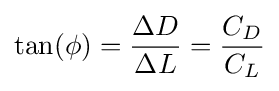
\tan(\phi )={\frac {\Delta D}{\Delta L}}={\frac {C_{D}}{C_{L}}}